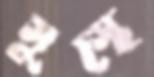
সুস্থে